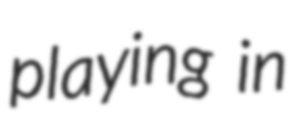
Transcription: playing in